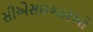
સીએસઇઆરઓ